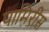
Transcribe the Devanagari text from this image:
पामिरीस